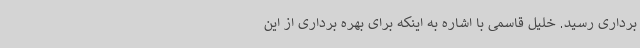
برداری رسید. خلیل قاسمی با اشاره به اینکه برای بهره برداری از این